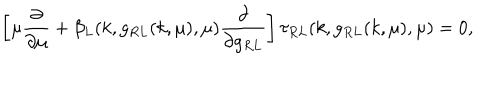
\left[ \mu \frac { \partial } { \partial \mu } + \beta _ { L } ( k , g _ { R L } ( k , \mu ) , \mu ) \frac { \partial } { \partial g _ { R L } } \right] \tau _ { R L } ( k , g _ { R L } ( k , \mu ) , \mu ) = 0 ,